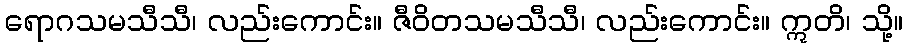
ရောဂသမသီသီ၊ လည်းကောင်း။ ဇီဝိတသမသီသီ၊ လည်းကောင်း။ ဣတိ၊ သို့။